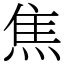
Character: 焦